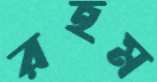
রহম